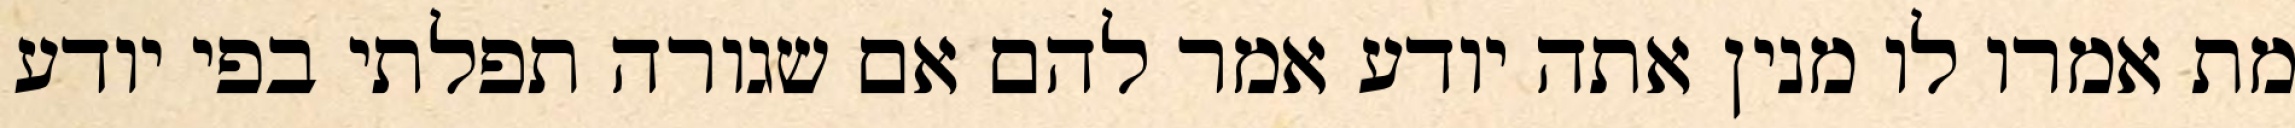
מת אמרו לו מנין אתה יודע אמר להם אם שגורה תפלתי בפי יודע